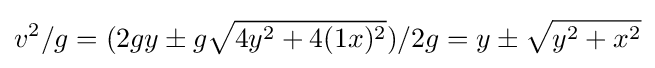
v^{2}/g=(2gy\pm g{\sqrt {4y^{2}+4(1x)^{2}}})/2g=y\pm {\sqrt {y^{2}+x^{2}}}